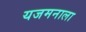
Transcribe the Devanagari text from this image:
यजमनाला